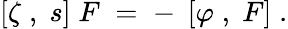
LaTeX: \left[\zeta\; ,\; s\right]\; F\; =\; -\; \left[\varphi\; ,\; F\right]\; .